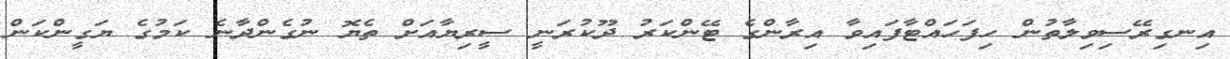
އިނގިރޭސިވިލާތުން ހިފަހައްޓާފައިވާ އިރާންގެ ޓޭންކަރު ދޫކުރަނީ ސީރިޔާއަށް ތެޔޮ ނުގެންދާނެ ކަމުގެ ޔަގީންކަން